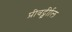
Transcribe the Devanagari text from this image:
प्रीवर्ट्व्रीाल